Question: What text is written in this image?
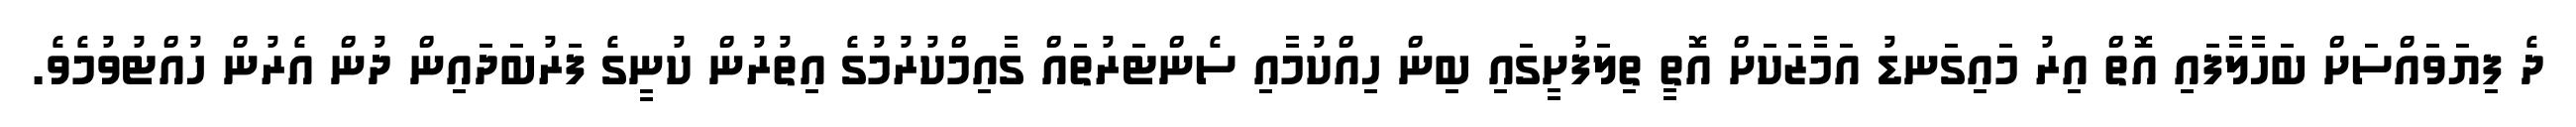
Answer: ދެ ފިޔަވައްސަށް ބަހާލާފައި އޮތް އިރު މައިގަނޑު އަމާޒަކަށް އޮތީ ތިލަފުށީގައި ބިން ހިއްކުމާއި ސެންޓަރުތައް ގާއިމްކުރުމުގެ އިތުރުން ކުނީގެ ފަރުބަދައިން ދުން އެރުން ހުއްޓުވުމެވެ.